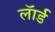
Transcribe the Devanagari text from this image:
लॅार्ड